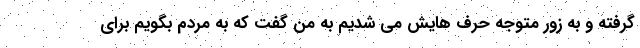
گرفته و به زور متوجه حرف هایش می شدیم به من گفت که به مردم بگویم برای